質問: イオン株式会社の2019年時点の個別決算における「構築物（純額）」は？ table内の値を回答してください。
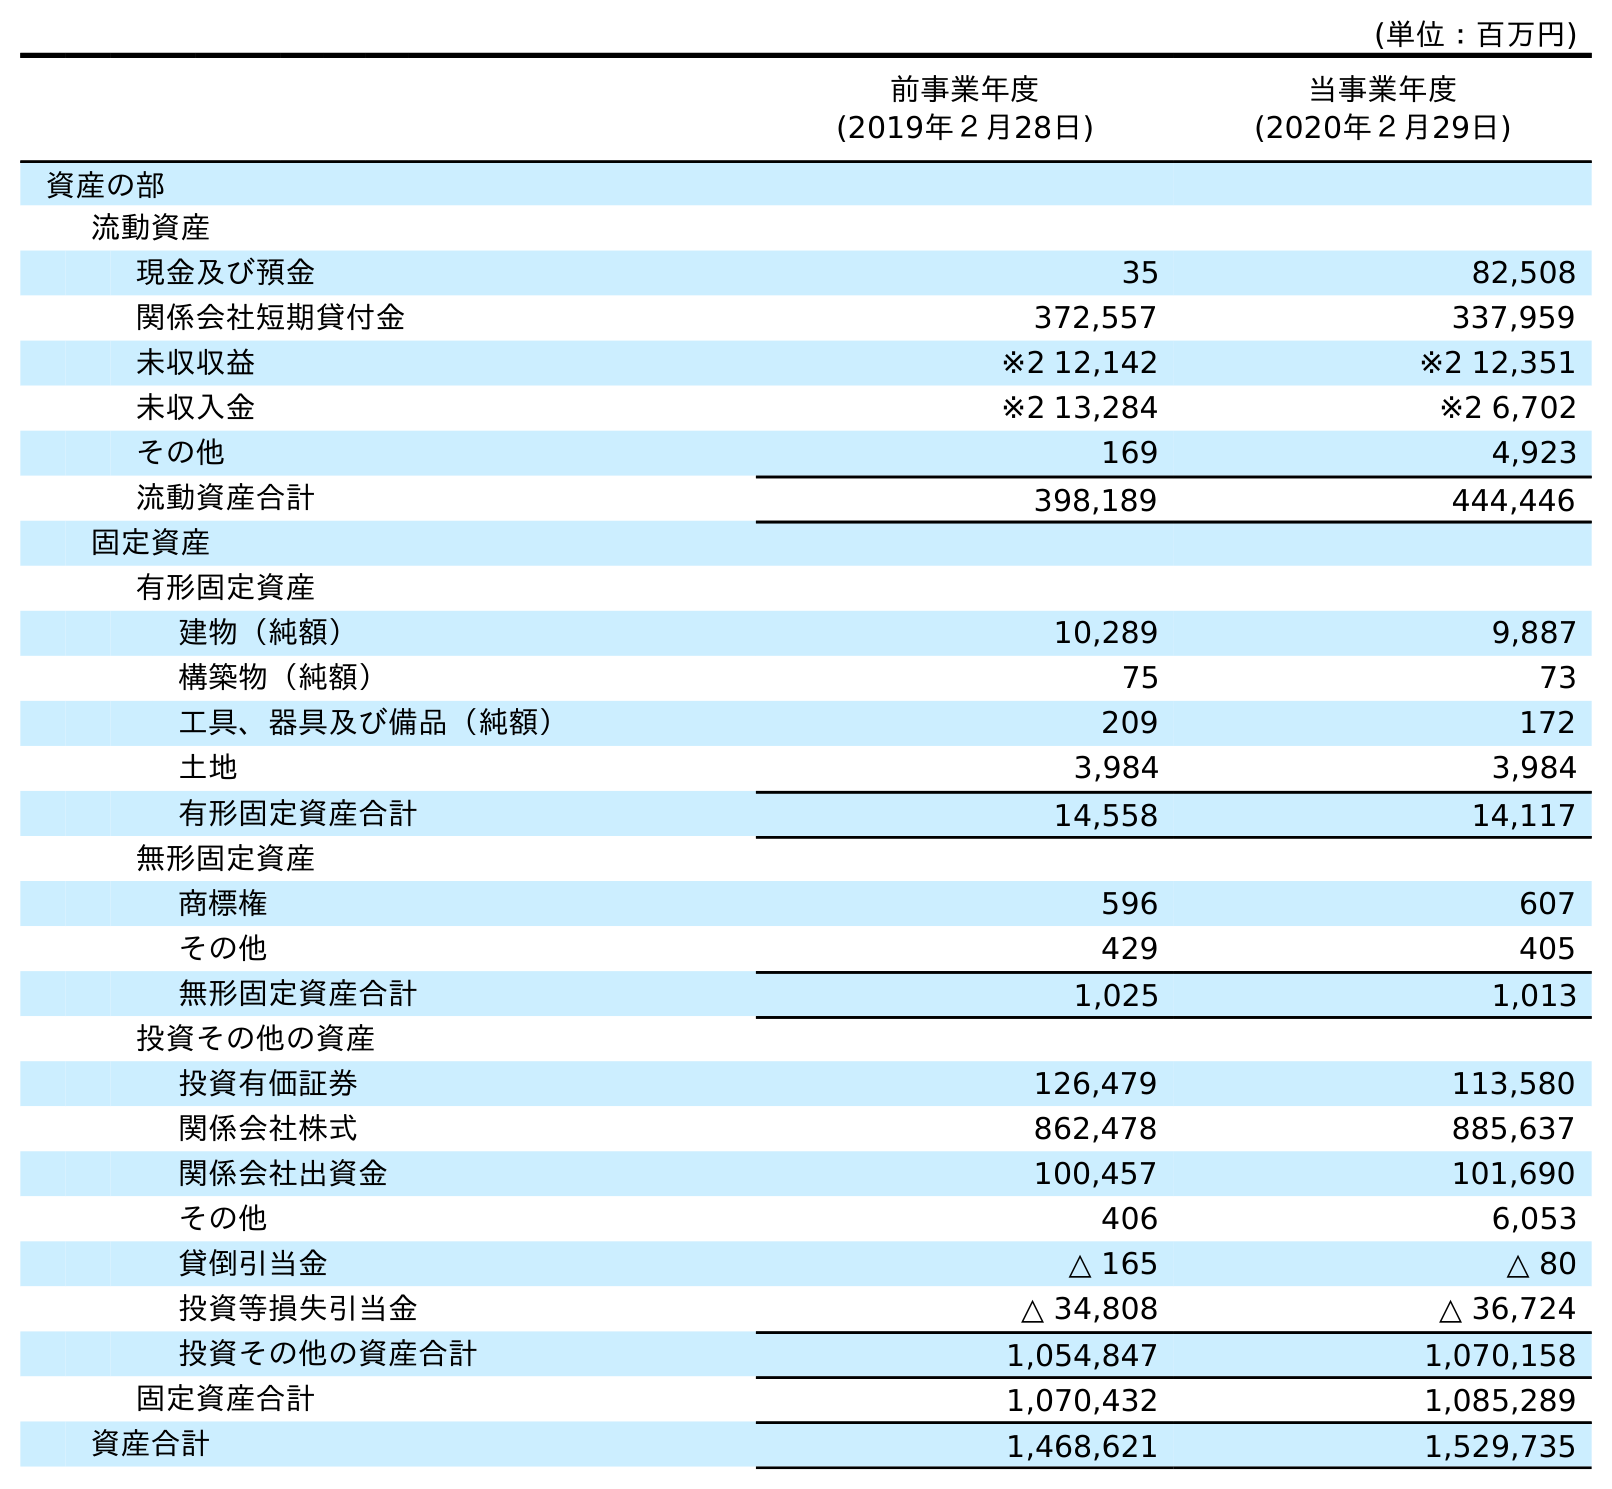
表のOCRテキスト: (単位：百万円) 前事業年度 (2019年２月28日) 当事業年度 (2020年２月29日) 資産の部 流動資産 現金及び預金 35 82,508 関係会社短期貸付金 372,557 337,959 未収収益 ※2 12,142 ※2 12,351 未収入金 ※2 13,284 ※2 6,702 その他 169 4,923 流動資産合計 398,189 444,446 固定資産 有形固定資産 建物（純額） 10,289 9,887 構築物（純額） 75 73 工具、器具及び備品（純額） 209 172 土地 3,984 3,984 有形固定資産合計 14,558 14,117 無形固定資産 商標権 596 607 その他 429 405 無形固定資産合計 1,025 1,013 投資その他の資産 投資有価証券 126,479 113,580 関係会社株式 862,478 885,637 関係会社出資金 100,457 101,690 その他 406 6,053 貸倒引当金 △ 165 △ 80 投資等損失引当金 △ 34,808 △ 36,724 投資その他の資産合計 1,054,847 1,070,158 固定資産合計 1,070,432 1,085,289 資産合計 1,468,621 1,529,735
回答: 75